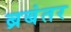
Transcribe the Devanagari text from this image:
ब्रबंतर